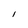
Character: 1